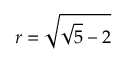
r = \sqrt { \sqrt { 5 } - 2 }